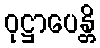
ဝုဋ္ဌာပေန္တိ